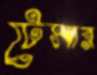
টেসার